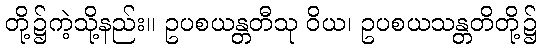
တို့၌ကဲ့သို့နည်း။ ဥပစယန္တတီသု ဝိယ၊ ဥပစယသန္တတိတို့၌